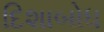
દિશાબોધ